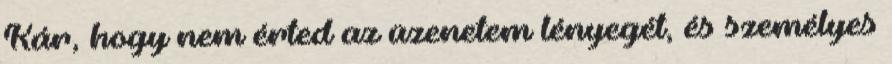
Kár, hogy nem érted az üzenetem lényegét, és személyes